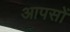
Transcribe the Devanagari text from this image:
आपसों